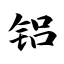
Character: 铝